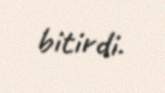
bitirdi.